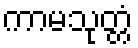
ကာမသုတ္တံ